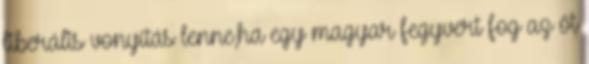
liberális vonyítás lenne,ha egy magyar fegyvert fog az őt